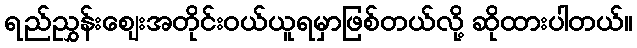
ရည်ညွှန်းစျေးအတိုင်းဝယ်ယူရမှာဖြစ်တယ်လို့ ဆိုထားပါတယ်။